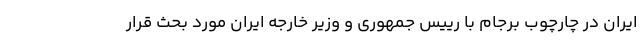
ایران در چارچوب برجام با رییس جمهوری و وزیر خارجه ایران مورد بحث قرار